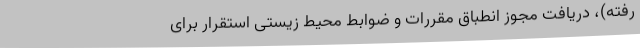
رفته)، دریافت مجوز انطباق مقررات و ضوابط محیط زیستی استقرار برای